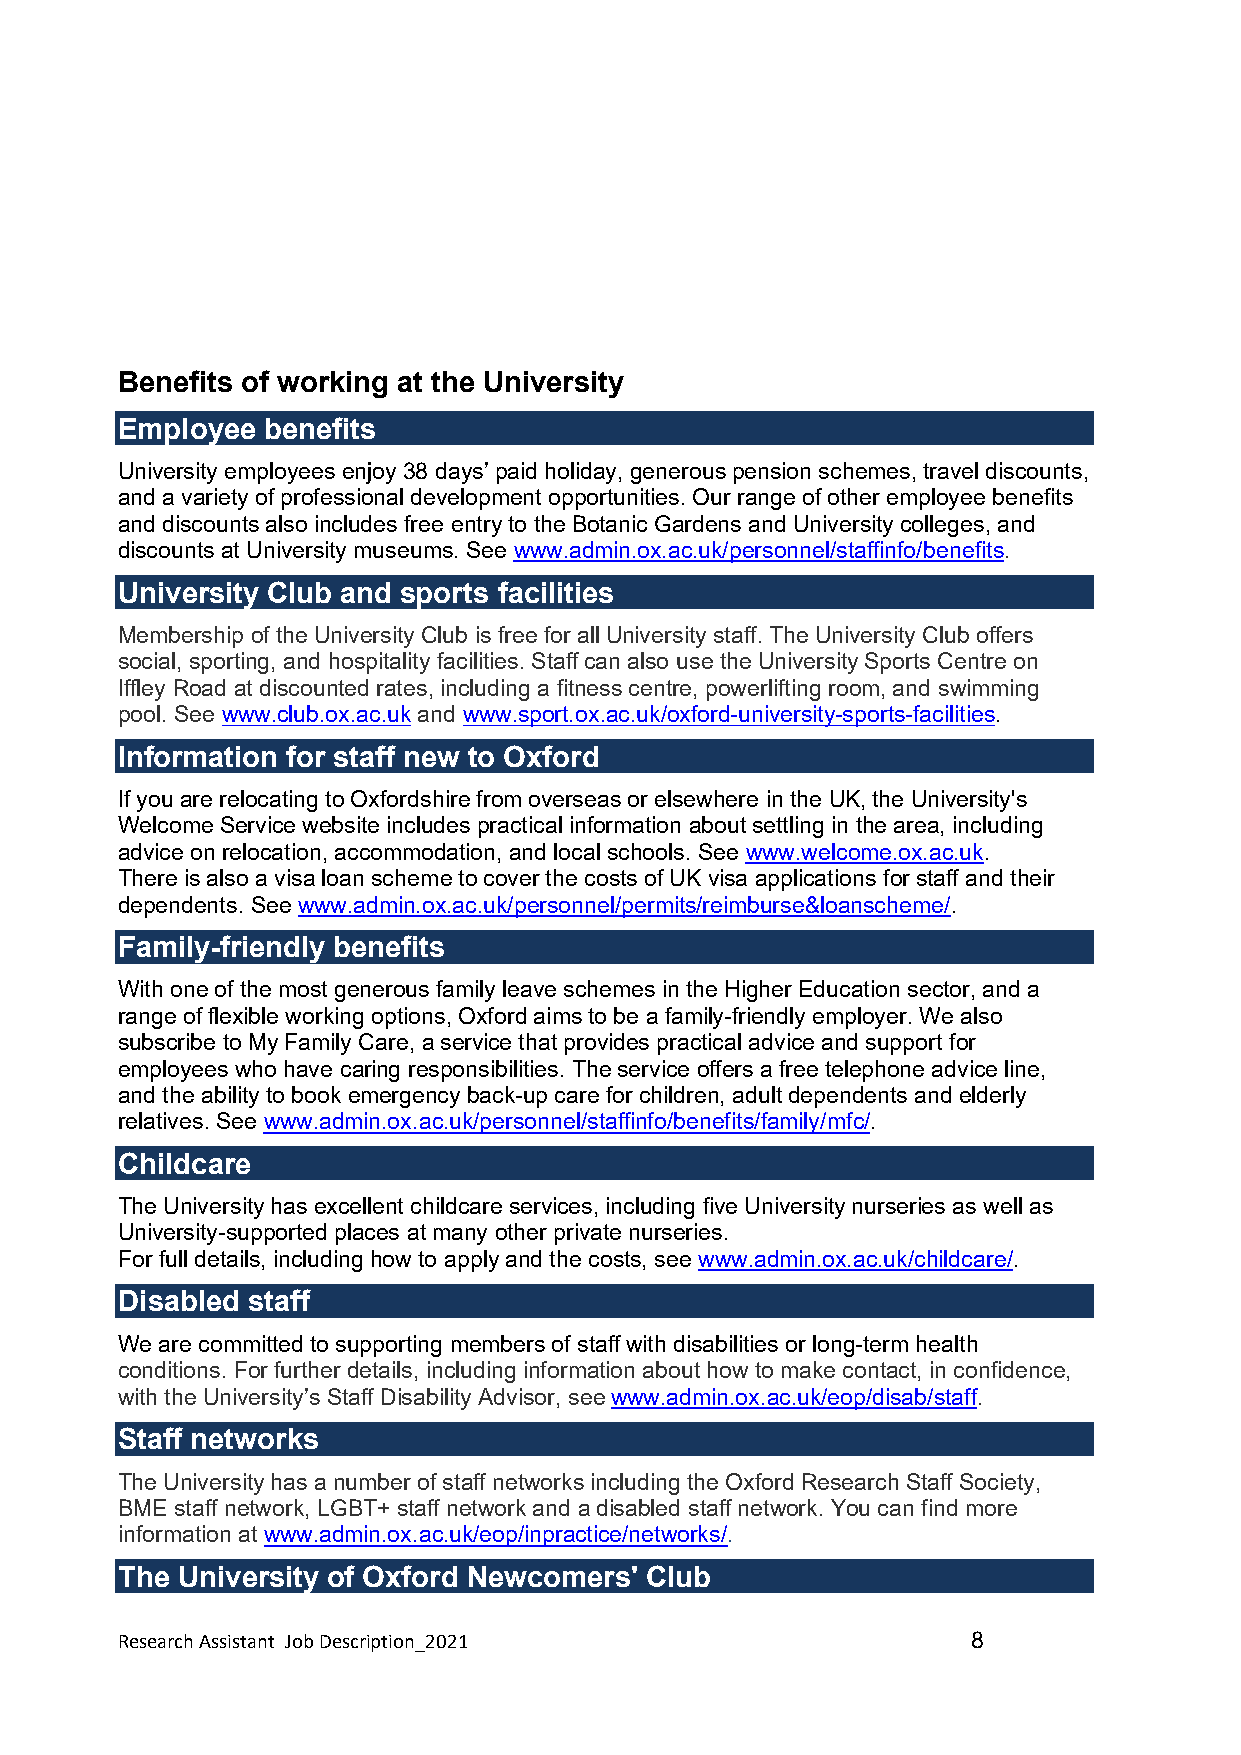
Benefits of working at the University
 Employee benefits
 University employees enjoy 38 days’ paid holiday, generous pension schemes, travel discounts,
 and a variety of professional development opportunities. Our range of other employee benefits
 and discounts also includes free entry to the Botanic Gardens and University colleges, and
 discounts at University museums. See www.admin.ox.ac.uk/personnel/staffinfo/benefits.
 University Club and sports facilities
 Membership of the University Club is free for all University staff. The University Club offers
 social, sporting, and hospitality facilities. Staff can also use the University Sports Centre on
 Iffley Road at discounted rates, including a fitness centre, powerlifting room, and swimming
 pool. See www.club.ox.ac.uk and www.sport.ox.ac.uk/oxford-university-sports-facilities.
 Information for staff new to Oxford
 If you are relocating to Oxfordshire from overseas or elsewhere in the UK, the University's
 Welcome Service website includes practical information about settling in the area, including
 advice on relocation, accommodation, and local schools. See www.welcome.ox.ac.uk.
 There is also a visa loan scheme to cover the costs of UK visa applications for staff and their
 dependents. See www.admin.ox.ac.uk/personnel/permits/reimburse&loanscheme/.
 Family-friendly benefits
 With one of the most generous family leave schemes in the Higher Education sector, and a
 range of flexible working options, Oxford aims to be a family-friendly employer. We also
 subscribe to My Family Care, a service that provides practical advice and support for
 employees who have caring responsibilities. The service offers a free telephone advice line,
 and the ability to book emergency back-up care for children, adult dependents and elderly
 relatives. See www.admin.ox.ac.uk/personnel/staffinfo/benefits/family/mfc/.
 Childcare
 The University has excellent childcare services, including five University nurseries as well as
 University-supported places at many other private nurseries.
 For full details, including how to apply and the costs, see www.admin.ox.ac.uk/childcare/.
 Disabled staff
 We are committed to supporting members of staff with disabilities or long-term health
 conditions. For further details, including information about how to make contact, in confidence,
 with the University’s Staff Disability Advisor, see www.admin.ox.ac.uk/eop/disab/staff.
 Staff networks
 The University has a number of staff networks including the Oxford Research Staff Society,
 BME staff network, LGBT+ staff network and a disabled staff network. You can find more
 information at www.admin.ox.ac.uk/eop/inpractice/networks/.
 The University of Oxford Newcomers' Club
 Research Assistant Job Description_2021                 8